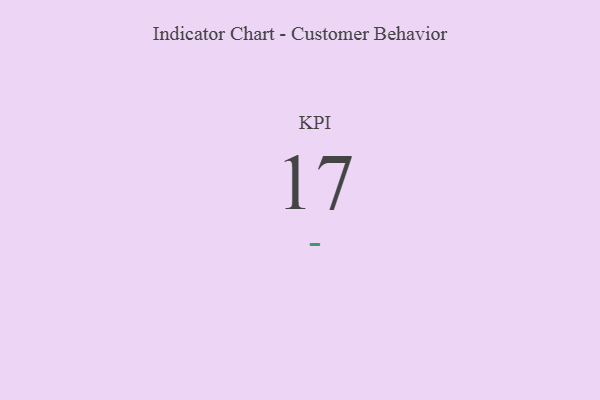
{"axis": {"x": "KPI", "y": "Value"}, "legend": [""], "data": [{"x": "KPI", "y": 17, "type": ""}]}